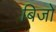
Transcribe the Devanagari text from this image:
बिजो